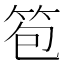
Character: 笣